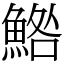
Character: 鯦